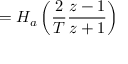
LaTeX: = H _ { a } \left( { \frac { 2 } { T } } { \frac { z - 1 } { z + 1 } } \right)